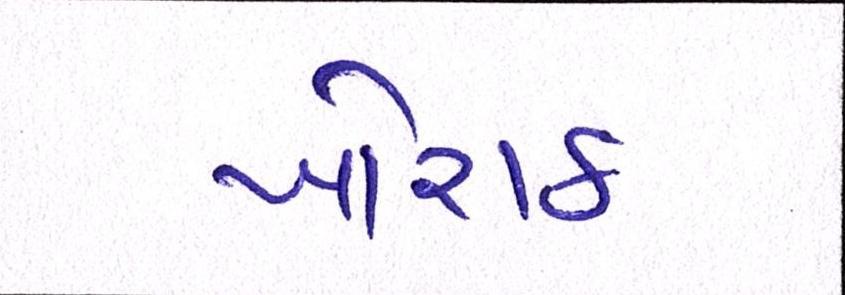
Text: ખોરાક